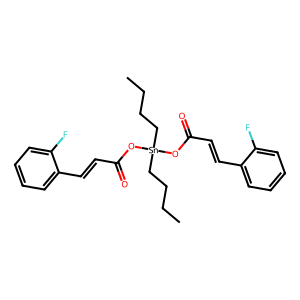
SMILES: CCCC[Sn](CCCC)(OC(=O)C=Cc1ccccc1F)OC(=O)C=Cc1ccccc1F
Inhibits HIV replication: No